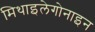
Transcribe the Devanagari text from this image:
मिथाइलेगोनाइन